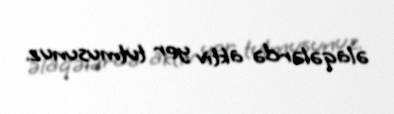
əlaqələrdə aktiv yer tutmusunuz.